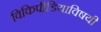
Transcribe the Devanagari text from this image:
विकिपीडियाविषयी